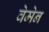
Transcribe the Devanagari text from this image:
वेमेन